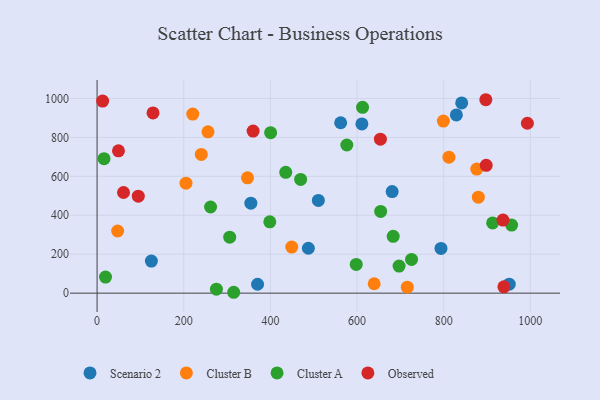
{"axis": {"x": "Price", "y": "Salary"}, "legend": ["Cluster A", "Cluster B", "Observed", "Scenario 2"], "data": [{"x": "793.7", "y": 229.7, "type": "Scenario 2"}, {"x": "354.9", "y": 462.4, "type": "Scenario 2"}, {"x": "487.6", "y": 230.8, "type": "Scenario 2"}, {"x": "510.7", "y": 476.2, "type": "Scenario 2"}, {"x": "951.2", "y": 46.1, "type": "Scenario 2"}, {"x": "562.2", "y": 875.3, "type": "Scenario 2"}, {"x": "370.4", "y": 45.6, "type": "Scenario 2"}, {"x": "125.3", "y": 164.9, "type": "Scenario 2"}, {"x": "681.0", "y": 521.6, "type": "Scenario 2"}, {"x": "611.2", "y": 869.3, "type": "Scenario 2"}, {"x": "829.2", "y": 915.6, "type": "Scenario 2"}, {"x": "841.5", "y": 977.5, "type": "Scenario 2"}, {"x": "715.9", "y": 30.6, "type": "Cluster B"}, {"x": "240.5", "y": 712.7, "type": "Cluster B"}, {"x": "639.5", "y": 48.3, "type": "Cluster B"}, {"x": "347.2", "y": 592.7, "type": "Cluster B"}, {"x": "47.5", "y": 319.4, "type": "Cluster B"}, {"x": "876.3", "y": 637.3, "type": "Cluster B"}, {"x": "879.9", "y": 493.3, "type": "Cluster B"}, {"x": "799.2", "y": 883.9, "type": "Cluster B"}, {"x": "449.3", "y": 236.6, "type": "Cluster B"}, {"x": "256.0", "y": 829.0, "type": "Cluster B"}, {"x": "220.8", "y": 920.0, "type": "Cluster B"}, {"x": "812.0", "y": 698.7, "type": "Cluster B"}, {"x": "205.2", "y": 564.9, "type": "Cluster B"}, {"x": "912.9", "y": 360.9, "type": "Cluster A"}, {"x": "725.8", "y": 173.5, "type": "Cluster A"}, {"x": "19.5", "y": 82.5, "type": "Cluster A"}, {"x": "598.1", "y": 147.7, "type": "Cluster A"}, {"x": "261.9", "y": 442.7, "type": "Cluster A"}, {"x": "469.8", "y": 584.5, "type": "Cluster A"}, {"x": "956.7", "y": 349.7, "type": "Cluster A"}, {"x": "435.4", "y": 620.9, "type": "Cluster A"}, {"x": "612.7", "y": 954.4, "type": "Cluster A"}, {"x": "315.3", "y": 4.5, "type": "Cluster A"}, {"x": "16.1", "y": 690.6, "type": "Cluster A"}, {"x": "400.5", "y": 824.6, "type": "Cluster A"}, {"x": "654.5", "y": 419.8, "type": "Cluster A"}, {"x": "306.1", "y": 287.5, "type": "Cluster A"}, {"x": "275.4", "y": 20.6, "type": "Cluster A"}, {"x": "697.0", "y": 139.0, "type": "Cluster A"}, {"x": "398.6", "y": 366.4, "type": "Cluster A"}, {"x": "576.4", "y": 761.2, "type": "Cluster A"}, {"x": "683.4", "y": 291.7, "type": "Cluster A"}, {"x": "993.1", "y": 872.9, "type": "Observed"}, {"x": "95.1", "y": 498.2, "type": "Observed"}, {"x": "49.4", "y": 731.2, "type": "Observed"}, {"x": "653.9", "y": 791.2, "type": "Observed"}, {"x": "12.8", "y": 986.6, "type": "Observed"}, {"x": "61.0", "y": 517.2, "type": "Observed"}, {"x": "129.1", "y": 925.9, "type": "Observed"}, {"x": "897.2", "y": 993.7, "type": "Observed"}, {"x": "938.9", "y": 32.7, "type": "Observed"}, {"x": "936.8", "y": 375.2, "type": "Observed"}, {"x": "898.1", "y": 656.8, "type": "Observed"}, {"x": "360.1", "y": 832.8, "type": "Observed"}]}